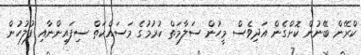
ކްރޭން ބޭނުން ކޮށްގެން އަދިވެސް މީހުން ސަލާމަތް ކުރުމުގެ މަސައްކަތް ސިފައިންނާއި ފުލުހުން